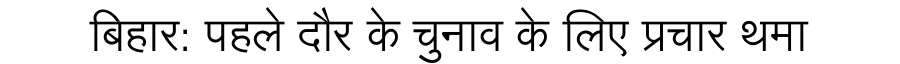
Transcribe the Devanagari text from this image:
बिहार: पहले दौर के चुनाव के लिए प्रचार थमा